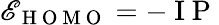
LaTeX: \mathscr{E}_{\mathrm{{~H~O~M~O~}}}=-\mathrm{{~I~P~}}